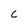
Character: c